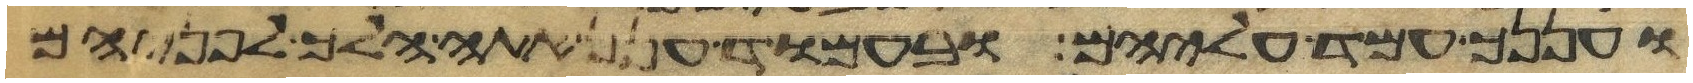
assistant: ועננך עמד עליהם ובעמוד ענן אתה הלך לפניהם